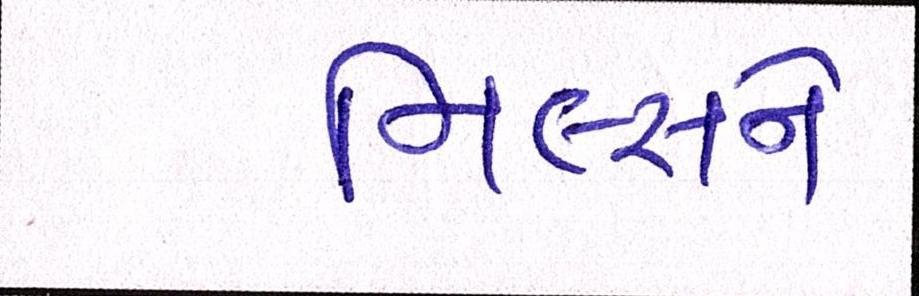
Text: મિલ્સને